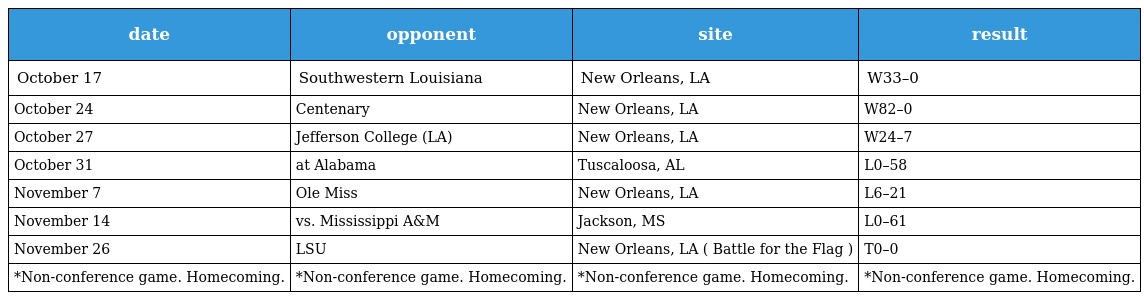
| date | opponent | site | result |
 | --- | --- | --- | --- |
 | October 17 | Southwestern Louisiana | New Orleans, LA | W33–0 |
 | October 24 | Centenary | New Orleans, LA | W82–0 |
 | October 27 | Jefferson College (LA) | New Orleans, LA | W24–7 |
 | October 31 | at Alabama | Tuscaloosa, AL | L0–58 |
 | November 7 | Ole Miss | New Orleans, LA | L6–21 |
 | November 14 | vs. Mississippi A&M | Jackson, MS | L0–61 |
 | November 26 | LSU | New Orleans, LA ( Battle for the Flag ) | T0–0 |
 | *Non-conference game. Homecoming. | *Non-conference game. Homecoming. | *Non-conference game. Homecoming. | *Non-conference game. Homecoming. |